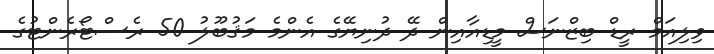
ވިލިއަމް ރީޑް ބިޒްނަސް މީޑިއާއިން ދޭ ދުނިޔޭގެ އެންމެ މަޤުބޫލު 50 ރެސްޓޯރެންޓުގެ